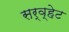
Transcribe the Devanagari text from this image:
सर्व्हेट